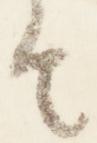
由